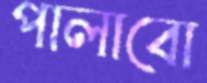
পালাবো